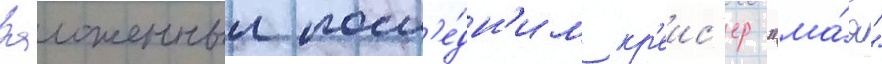
Заложенныи посл'е́дн'им кр'еис'ер "ма́я"